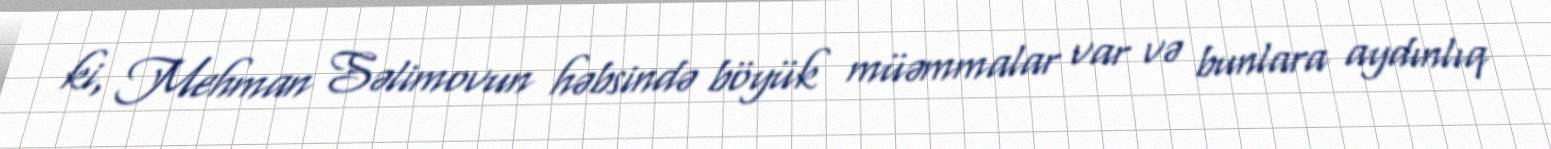
ki, Mehman Səlimovun həbsində böyük müəmmalar var və bunlara aydınlıq